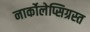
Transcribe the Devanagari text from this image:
नार्कोलेप्सिग्रस्त